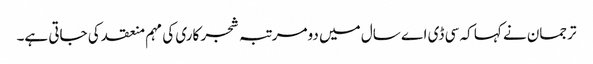
ترجمان نے کہا کہ سی ڈی اے سال میں دومرتبہ شجر کاری کی مہم منعقد کی جاتی ہے۔